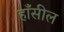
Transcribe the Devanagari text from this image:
हाँसील